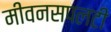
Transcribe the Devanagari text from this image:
मीवनसपलटी